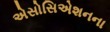
એસોસિએશનના